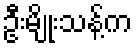
ဦးမျိုးသန့်က